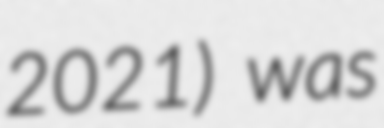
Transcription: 2021) was